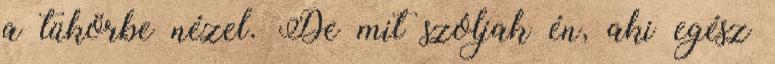
a tükörbe nézel. De mit szóljak én, aki egész